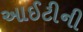
આઈટીની